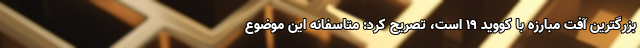
بزرگترین آفت مبارزه با کووید ۱۹ است، تصریح کرد: متاسفانه این موضوع